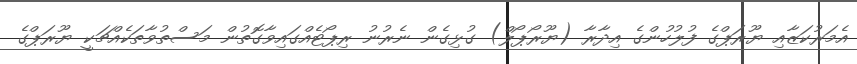
އެމަރުކަޒާއި ޔޫރަޕްގެ ފުލުހުންގެ އިދާރާ (ޔޫރޯޕޯލް) ގުޅިގެން ނެރުނު ރިޕޯޓެއްގައިވާގޮތުން މަސްތުވާތަކެއްޗަކީ ޔޫރަޕްގެ